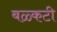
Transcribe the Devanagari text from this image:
बळ्कटी